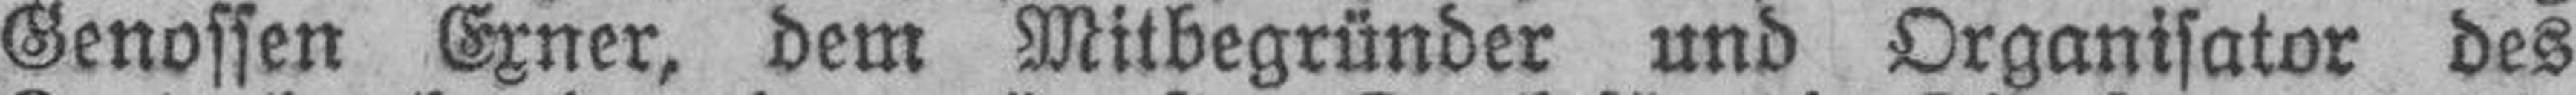
Genossen Exner, dem Mitbegründer und Organisator des